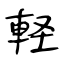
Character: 軽